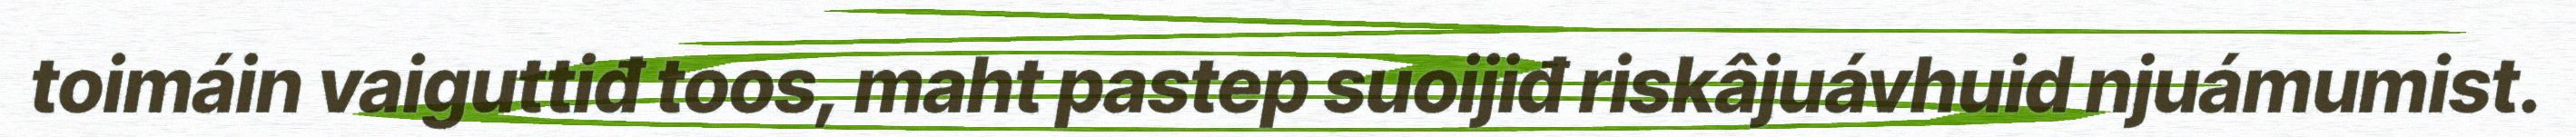
toimáin vaiguttiđ toos, maht pastep suoijiđ riskâjuávhuid njuámumist.